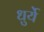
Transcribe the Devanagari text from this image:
धुर्ये